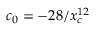
c _ { 0 } = - 2 8 / x _ { c } ^ { 1 2 }